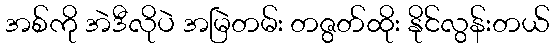
အစ်ကို အဲဒီလိုပဲ အမြဲတမ်း တဇွတ်ထိုး နိုင်လွန်းတယ်